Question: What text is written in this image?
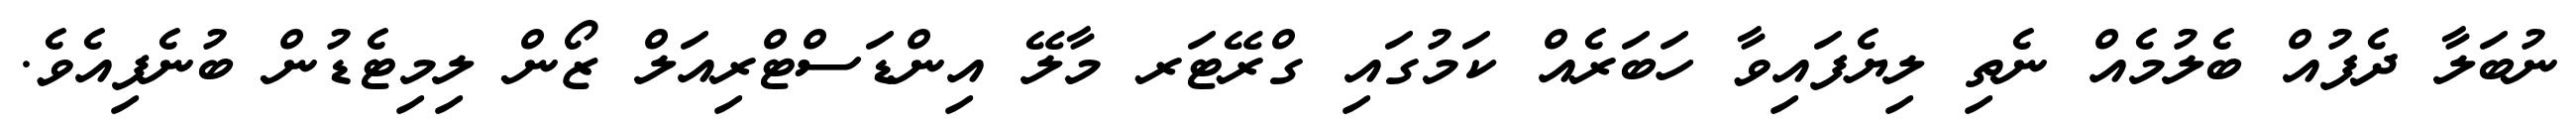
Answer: ނުބަލާ ދެފުއް ބެލުމެއް ނެތި ލިޔެފައިވާ ހަބަރެއް ކަމުގައި ގްރޭޓަރ މާލޭ އިންޑަސްޓްރިއަލް ޒޯން ލިމިޓެޑުން ބުނެފިއެވެ.